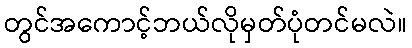
တွင်အကောင့်ဘယ်လိုမှတ်ပုံတင်မလဲ။